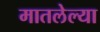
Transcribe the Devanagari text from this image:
मातलेल्या